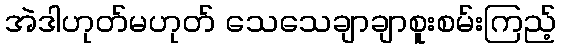
အဲဒါဟုတ်မဟုတ် သေသေချာချာစူးစမ်းကြည့်